画像に写った文字を読んでください
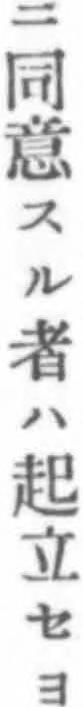
「ニ同意スル者ハ起立セヨ」と書いてあります